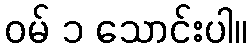
ဝမ် ၁ သောင်းပါ။